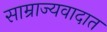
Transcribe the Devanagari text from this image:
साम्राज्यवादात